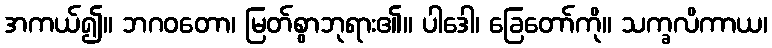
အကယ်၍။ ဘဂဝတော၊ မြတ်စွာဘုရား၏။ ပါဒေါ၊ ခြေတော်ကို။ သက္ခလိကာယ၊